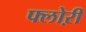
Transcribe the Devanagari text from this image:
फ्लोऱी